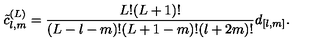
\tilde { c } _ { l , m } ^ { ( L ) } = \frac { L ! ( L + 1 ) ! } { ( L - l - m ) ! ( L + 1 - m ) ! ( l + 2 m ) ! } d _ { [ l , m ] } .